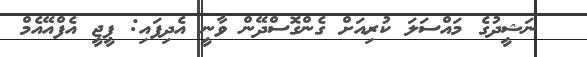
ނަޝީދުގެ މައްސަލަ ކުރިއަށް ގެންގޮސްދޭން ވާނީ އެދިފައި: ޕީޖީ އެފްއޭއެމް